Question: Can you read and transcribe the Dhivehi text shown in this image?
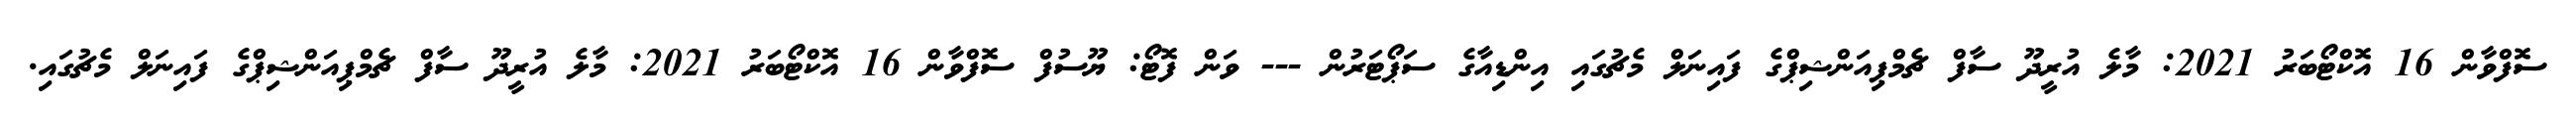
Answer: ސޮފްވާން 16 އޮކްޓޯބަރު 2021: މާލެ އުރީދޫ ސާފް ޗެމްޕިއަންޝިޕްގެ ފައިނަލް މެޗުގައި އިންޑިއާގެ ސަޕޯޓަރުން --- ވަން ފޮޓޯ: ޔޫސުފް ސޮފްވާން 16 އޮކްޓޯބަރު 2021: މާލެ އުރީދޫ ސާފް ޗެމްޕިއަންޝިޕްގެ ފައިނަލް މެޗުގައި.